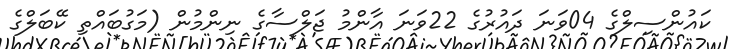
ކައުންސިލްގެ 04ވަނަ ދައުރުގެ 22ވަނަ އާންމު ޖަލްސާގެ ނިންމުން (މަގުބައްތި ކޭބަލްގެ